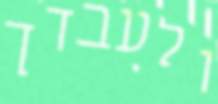
ולעבדך